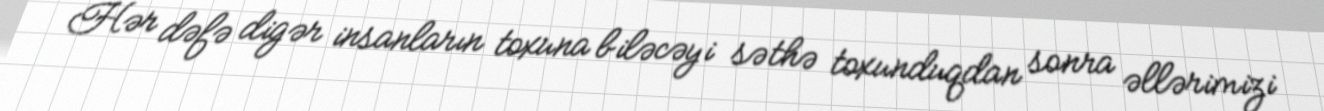
Hər dəfə digər insanların toxuna biləcəyi səthə toxunduqdan sonra əllərimizi